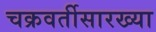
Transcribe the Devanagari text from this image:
चक्रवर्तीसारख्या